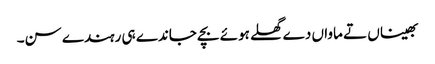
بھیناں تے ماواں دے گھلے ہوئے بچے جاندے ہی رہندے سن۔